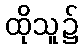
ထိုသူ၌